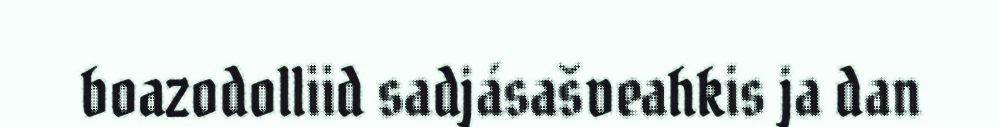
boazodolliid sadjásašveahkis ja dan